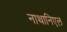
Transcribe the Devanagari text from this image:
नाथानिएल